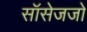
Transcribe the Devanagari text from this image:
सॉसेजजो